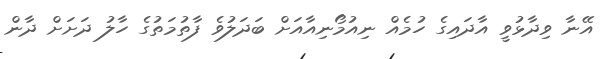
އޭނާ ވިދާޅުވީ އާދައިގެ ހުމެއް ނިއުމޯނިއާއަށް ބަދަލުވެ ފާތުމަތުގެ ހާލު ދަށަށް ދާން